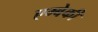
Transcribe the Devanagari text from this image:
एम्बेकी